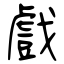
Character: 戲